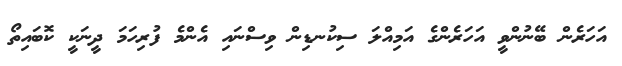
އަހަރެން ބޭނުންވީ އަހަރެންގެ އަމިއްލަ ސިކުނޑިން ވިސްނައި އެންމެ ފުރިހަމަ ދީނަކީ ކޮބައިތޯ